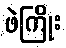
ဖဲကြိုး